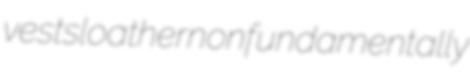
vests loather nonfundamentally